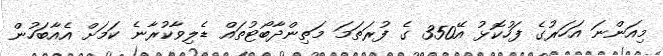
މިއަންނަ އަހަރުގެ ފަހުކޮޅު އޭ350 ގެ ފުރަތަމަ މަތިންދާބޯޓުތައް ޑެލިވާކުރާނެ ކަމަށް އެއާބަހުން